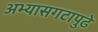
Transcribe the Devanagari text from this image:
अभ्यासगटापुढे